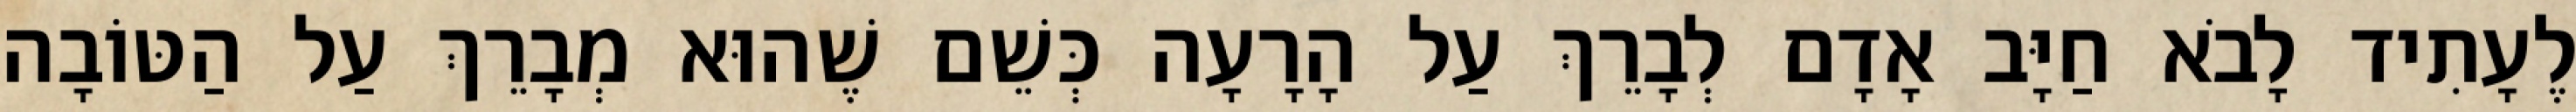
לֶעָתִיד לָבֹא חַיָּב אָדָם לְבָרֵךְ עַל הָרָעָה כְּשֵׁם שֶׁהוּא מְבָרֵךְ עַל הַטּוֹבָה